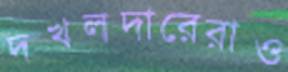
দখলদারেরাও